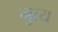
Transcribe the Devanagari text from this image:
नुत्य